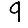
Digit: 9